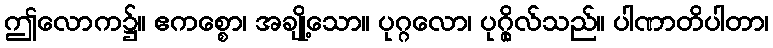
ဤလောက၌။ ဧကစ္စော၊ အချို့သော။ ပုဂ္ဂလော၊ ပုဂ္ဂိုလ်သည်။ ပါဏာတိပါတာ၊